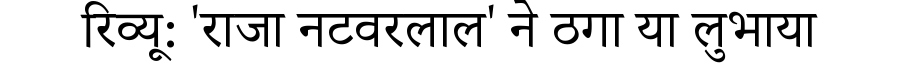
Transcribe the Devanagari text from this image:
रिव्यू: 'राजा नटवरलाल' ने ठगा या लुभाया